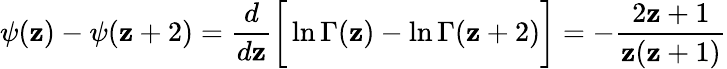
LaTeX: \psi(\mathbf{z})-\psi(\mathbf{z}+2)=\frac{{d}}{{d\mathbf{z}}}\bigg[\ln\Gamma(\mathbf{z})-\ln\Gamma(\mathbf{z}+2)\bigg]=-\frac{{2\mathbf{z}+1}}{{\mathbf{z}(\mathbf{z}+1)}}